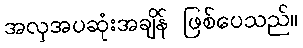
အလှအပဆုံးအချိန် ဖြစ်ပေသည်။